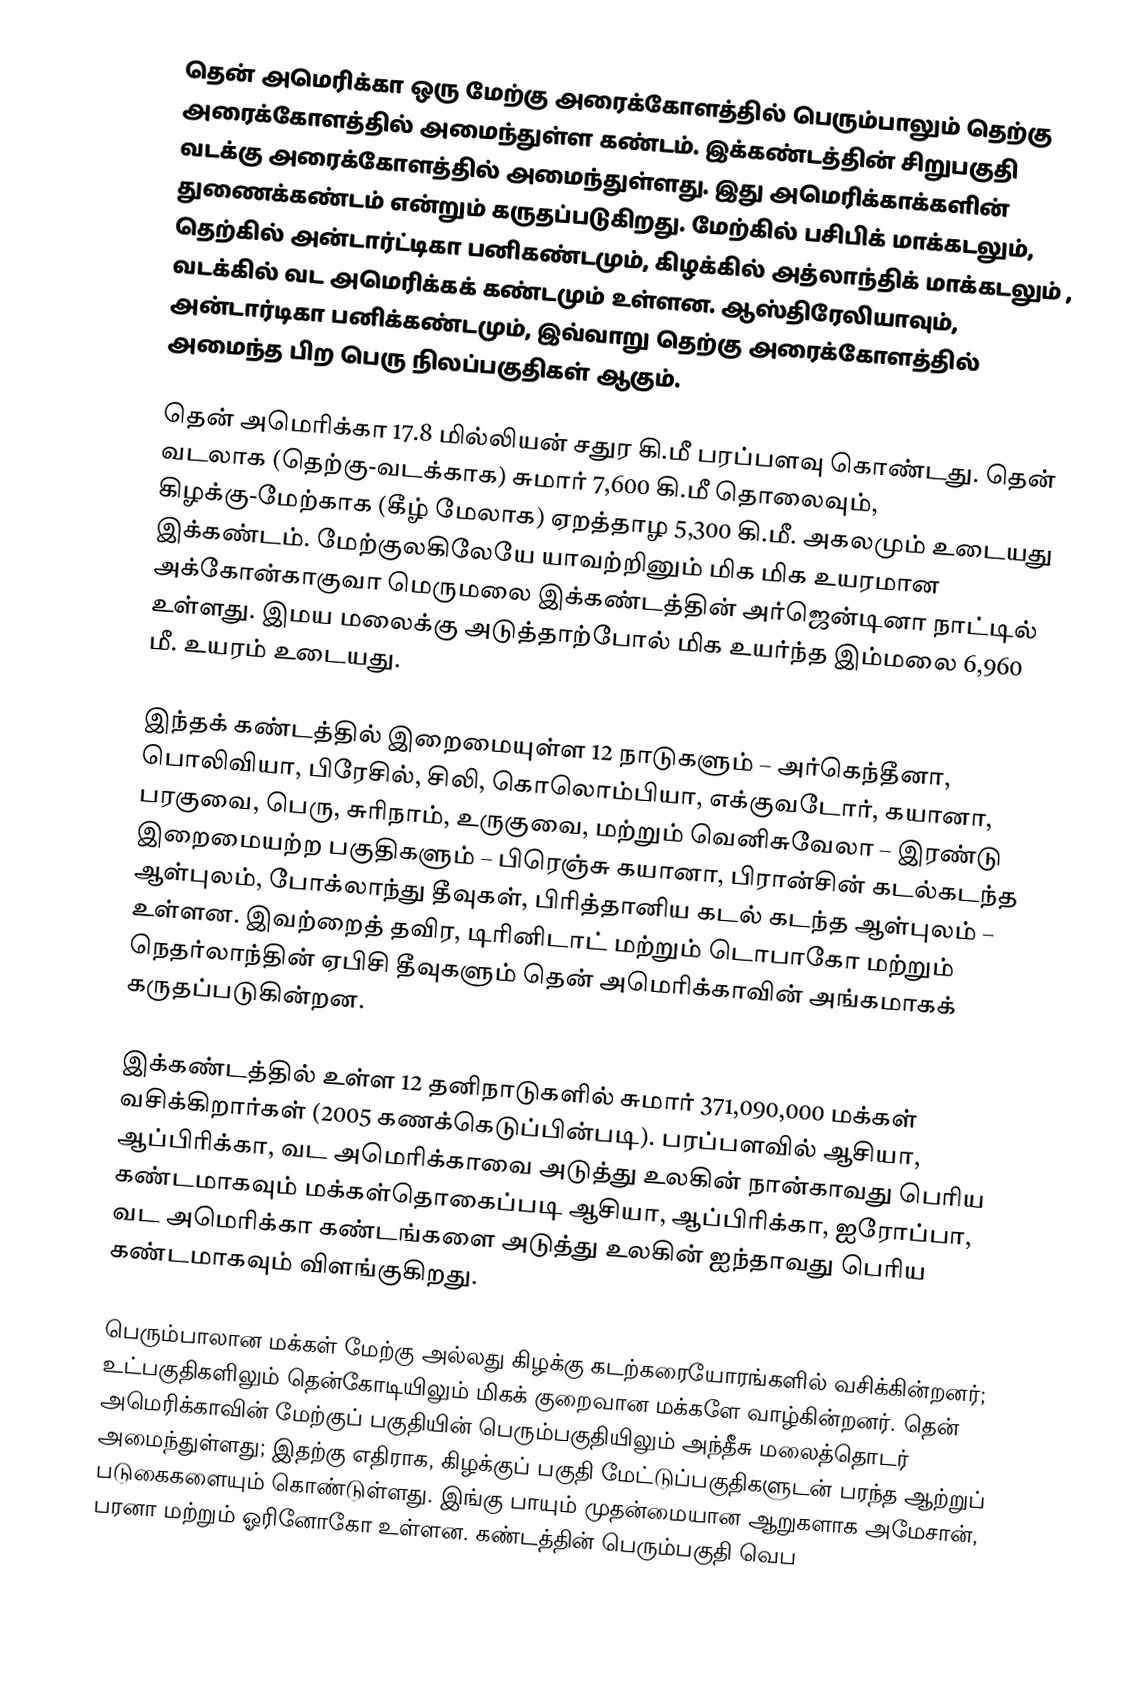
தென் அமெரிக்கா ஒரு மேற்கு அரைக்கோளத்தில் பெரும்பாலும் தெற்கு அரைக்கோளத்தில் அமைந்துள்ள கண்டம். இக்கண்டத்தின் சிறுபகுதி வடக்கு அரைக்கோளத்தில் அமைந்துள்ளது. இது அமெரிக்காக்களின் துணைக்கண்டம் என்றும் கருதப்படுகிறது. மேற்கில் பசிபிக் மாக்கடலும், தெற்கில் அன்டார்ட்டிகா பனிகண்டமும், கிழக்கில் அத்லாந்திக் மாக்கடலும் , வடக்கில் வட அமெரிக்கக் கண்டமும் உள்ளன. ஆஸ்திரேலியாவும், அன்டார்டிகா பனிக்கண்டமும், இவ்வாறு தெற்கு அரைக்கோளத்தில் அமைந்த பிற பெரு நிலப்பகுதிகள் ஆகும்.

தென் அமெரிக்கா 17.8 மில்லியன் சதுர கி.மீ பரப்பளவு கொண்டது. தென் வடலாக (தெற்கு-வடக்காக) சுமார் 7,600 கி.மீ தொலைவும், கிழக்கு-மேற்காக (கீழ் மேலாக) ஏறத்தாழ 5,300 கி.மீ. அகலமும் உடையது இக்கண்டம். மேற்குலகிலேயே யாவற்றினும் மிக மிக உயரமான அக்கோன்காகுவா மெருமலை இக்கண்டத்தின் அர்ஜென்டினா நாட்டில் உள்ளது. இமய மலைக்கு அடுத்தாற்போல் மிக உயர்ந்த இம்மலை 6,960 மீ. உயரம் உடையது.

இந்தக் கண்டத்தில் இறைமையுள்ள 12 நாடுகளும் – அர்கெந்தீனா, பொலிவியா, பிரேசில், சிலி, கொலொம்பியா, எக்குவடோர், கயானா, பரகுவை, பெரு, சுரிநாம், உருகுவை, மற்றும் வெனிசுவேலா – இரண்டு இறைமையற்ற பகுதிகளும் – பிரெஞ்சு கயானா, பிரான்சின் கடல்கடந்த ஆள்புலம், போக்லாந்து தீவுகள், பிரித்தானிய கடல் கடந்த ஆள்புலம் – உள்ளன. இவற்றைத் தவிர, டிரினிடாட் மற்றும் டொபாகோ மற்றும் நெதர்லாந்தின் ஏபிசி தீவுகளும் தென் அமெரிக்காவின் அங்கமாகக் கருதப்படுகின்றன.

இக்கண்டத்தில் உள்ள 12 தனிநாடுகளில் சுமார் 371,090,000 மக்கள் வசிக்கிறார்கள் (2005 கணக்கெடுப்பின்படி). பரப்பளவில் ஆசியா, ஆப்பிரிக்கா, வட அமெரிக்காவை அடுத்து உலகின் நான்காவது பெரிய கண்டமாகவும் மக்கள்தொகைப்படி ஆசியா, ஆப்பிரிக்கா, ஐரோப்பா, வட அமெரிக்கா கண்டங்களை அடுத்து உலகின் ஐந்தாவது பெரிய கண்டமாகவும் விளங்குகிறது.

பெரும்பாலான மக்கள் மேற்கு அல்லது கிழக்கு கடற்கரையோரங்களில் வசிக்கின்றனர்; உட்பகுதிகளிலும் தென்கோடியிலும் மிகக் குறைவான மக்களே வாழ்கின்றனர். தென் அமெரிக்காவின் மேற்குப் பகுதியின் பெரும்பகுதியிலும் அந்தீசு மலைத்தொடர் அமைந்துள்ளது; இதற்கு எதிராக, கிழக்குப் பகுதி மேட்டுப்பகுதிகளுடன் பரந்த ஆற்றுப் படுகைகளையும் கொண்டுள்ளது. இங்கு பாயும் முதன்மையான ஆறுகளாக அமேசான், பரனா மற்றும் ஓரினோகோ உள்ளன. கண்டத்தின் பெரும்பகுதி வெப